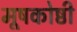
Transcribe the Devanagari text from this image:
मूषकोष्ठी